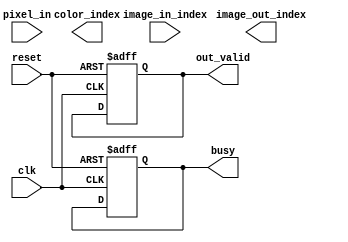
`timescale 1ns/10ps
module ISE( clk, reset, image_in_index, pixel_in, busy, out_valid, color_index, image_out_index);
input           clk;
input           reset;
input   [4:0]   image_in_index;
input   [23:0]  pixel_in;   // R - 23:16, G - 15:8, B - 7:0 
output reg         busy;
output reg         out_valid;
output reg [1:0]   color_index;
output reg [4:0]   image_out_index;

reg [2:0] curr_state, next_state;
reg [13:0] red_count, green_count, blue_count;  // for each image temporary store color count
reg [21:0] red_amount, green_amount, blue_amount;   // for each image temporary store color amount
reg [1:0] color_index_list [0:31];
reg [4:0] image_out_index_list[0:31];



parameter R1 = 23, R2 = 16;
parameter G1 = 15, G2 = 8;
parameter B1 = 7, B2 = 0;

parameter LOAD = 3'd0;

always @(posedge clk, posedge reset) begin
    if(reset) begin
        busy <= 0;
        out_valid <= 0;
        
        curr_state <= LOAD;
    end
    else begin
        curr_state <= next_state;
        case (curr_state)
            LOAD: begin
                
            end
        endcase
    end
end

always @(*) begin
    case (curr_state)
        LOAD: begin
            
        end
    endcase
end

always @(*) begin
    case (curr_state)
        LOAD: begin
            red_count = (pixel_in[R1:R2] >= pixel_in[G1:G2] && pixel_in[R1:R2] >= pixel_in[B1:B2]) ? red_count + 1 : red_count;
            green_count = (pixel_in[G1:G2] >= pixel_in[B1:B2] && pixel_in[G1:G2] > pixel_in[R1:R2]) ? green_count + 1 : green_count;
            blue_count = (pixel_in[B1:B2] > pixel_in[R1:R2] && pixel_in[B1:B2] > pixel_in[G1:G2]) ? blue_count + 1 : blue_count;
        end
    endcase
end

endmodule